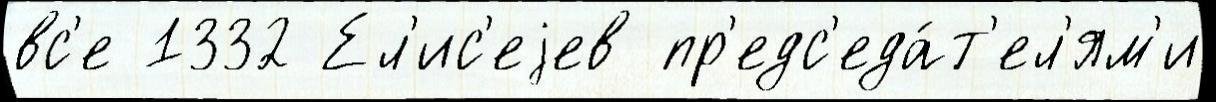
вс'е 1332 Ел'ис'еjев пр'едс'еда́т'ел'ям'и